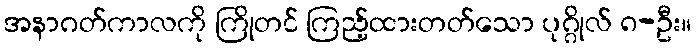
အနာဂတ်ကာလကို ကြိုတင် ကြည့်ထားတတ်သော ပုဂ္ဂိုလ် ၈-ဦး။